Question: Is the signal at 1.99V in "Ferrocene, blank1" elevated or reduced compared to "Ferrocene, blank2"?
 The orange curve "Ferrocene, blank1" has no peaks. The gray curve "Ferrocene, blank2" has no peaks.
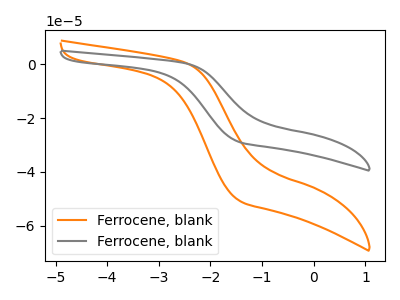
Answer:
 <answer>"Ferrocene, blank1" and "Ferrocene, blank2" dont share a peak at 1.99V.</answer>
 <eval>mismatch</eval>